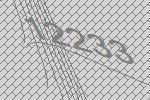
12233